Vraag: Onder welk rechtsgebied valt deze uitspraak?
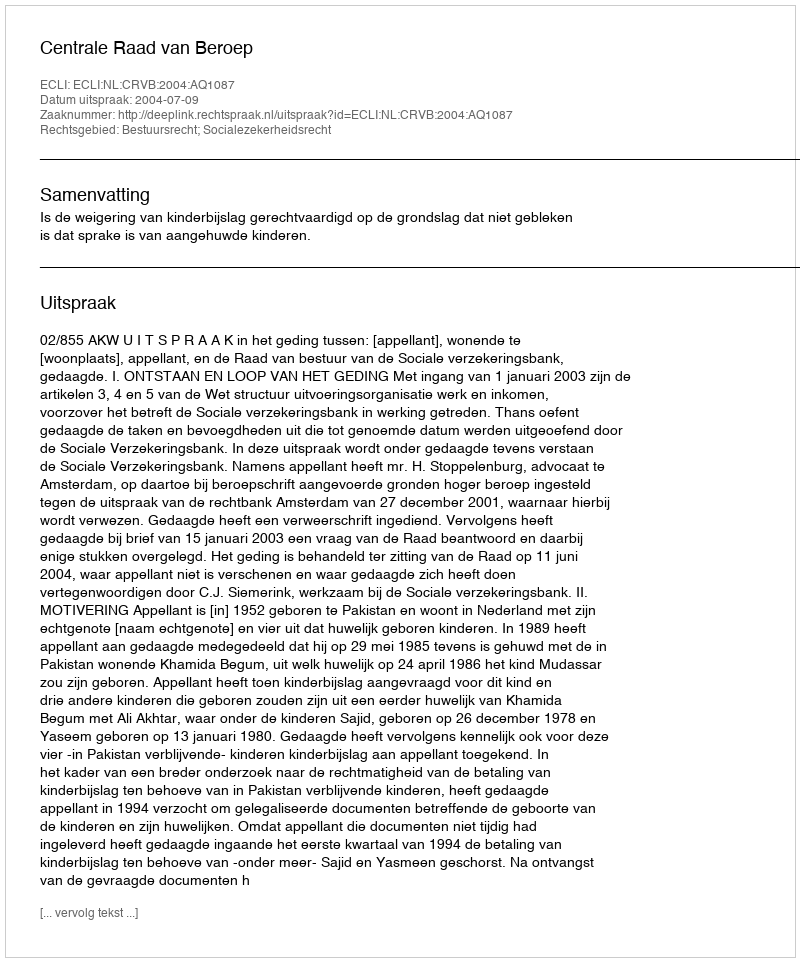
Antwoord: Bestuursrecht; Socialezekerheidsrecht